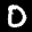
Label: 0